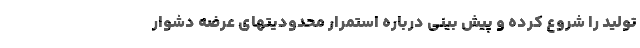
تولید را شروع کرده و پیش بینی درباره استمرار محدودیتهای عرضه دشوار